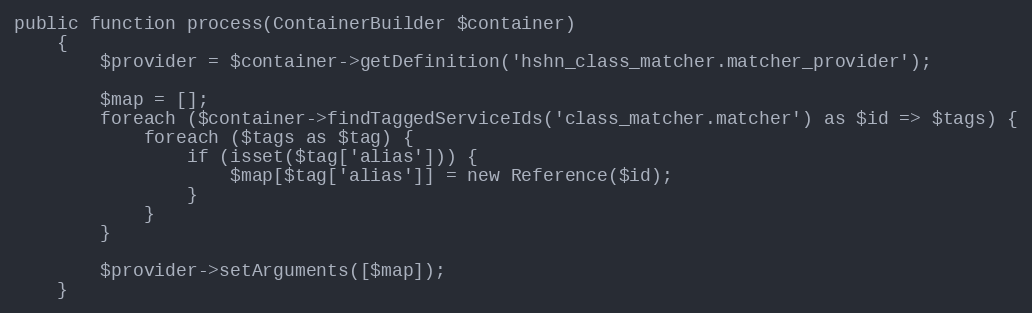
Language: PHP
public function process(ContainerBuilder $container)
    {
        $provider = $container->getDefinition('hshn_class_matcher.matcher_provider');

        $map = [];
        foreach ($container->findTaggedServiceIds('class_matcher.matcher') as $id => $tags) {
            foreach ($tags as $tag) {
                if (isset($tag['alias'])) {
                    $map[$tag['alias']] = new Reference($id);
                }
            }
        }

        $provider->setArguments([$map]);
    }